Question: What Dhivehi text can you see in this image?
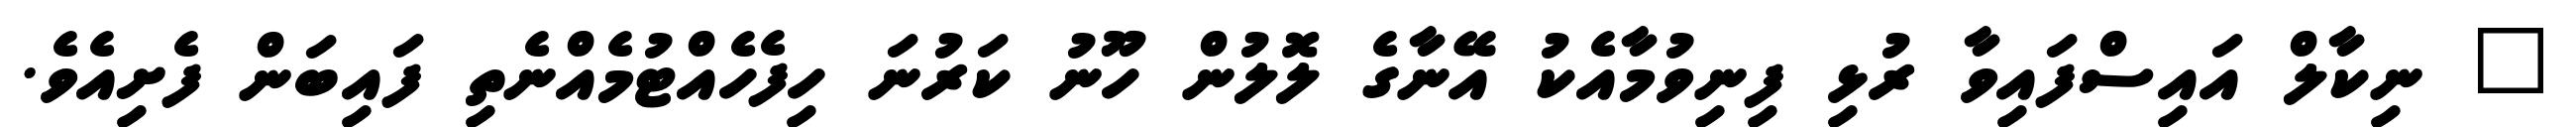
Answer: " ނިކާލް އައިސްފައިވާ ރުޅި ފިނިވުމާއެކު އޭނާގެ ލޮލުން ހޫނު ކަރުނަ ހިފެހެއްޓުމެއްނެތި ފައިބަން ފެށިއެވެ.